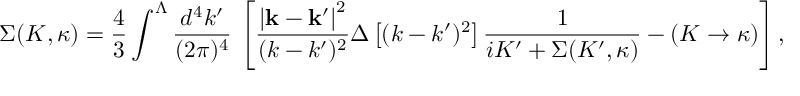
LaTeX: \Sigma ( K , \kappa ) = \frac { 4 } { 3 } \int ^ { \Lambda } \frac { d ^ { 4 } k ^ { \prime } } { ( 2 \pi ) ^ { 4 } } \, \left[ \frac { \left| { \bf k } - { \bf k } ^ { \prime } \right| ^ { 2 } } { ( k - k ^ { \prime } ) ^ { 2 } } \Delta \left[ ( k - k ^ { \prime } ) ^ { 2 } \right] \frac { 1 } { i K ^ { \prime } + \Sigma ( K ^ { \prime } , \kappa ) } - ( K \rightarrow \kappa ) \right] ,